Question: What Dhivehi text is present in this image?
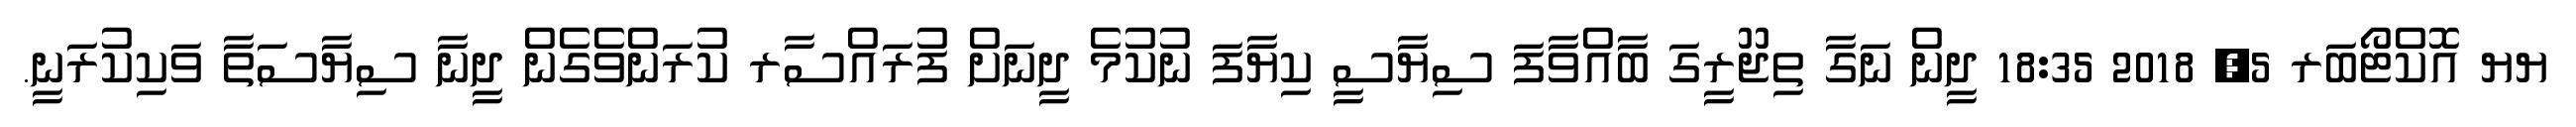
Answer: ޔޔ އޮކްޓޯބަރ 5, 2018 18:35 ދީން ނަގާ ތިޖޫރީގަ ބާއްވާފަ ސިޔާސީ ކިޔާފަ ނުކުމެ ދީނަށް ފުރައްސާރ ކުރަންވެގެން ދީނާ ސިޔާސަތާ ވަކިކުރަނީ.